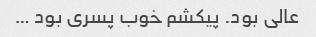
عالی بود‌. پیکشم خوب پسری بود …